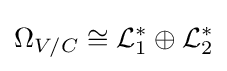
\Omega _{V/C}\cong {\mathcal {L}}_{1}^{*}\oplus {\mathcal {L}}_{2}^{*}